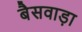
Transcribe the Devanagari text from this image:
बैसवाड़ा